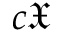
c { \mathfrak { X } }